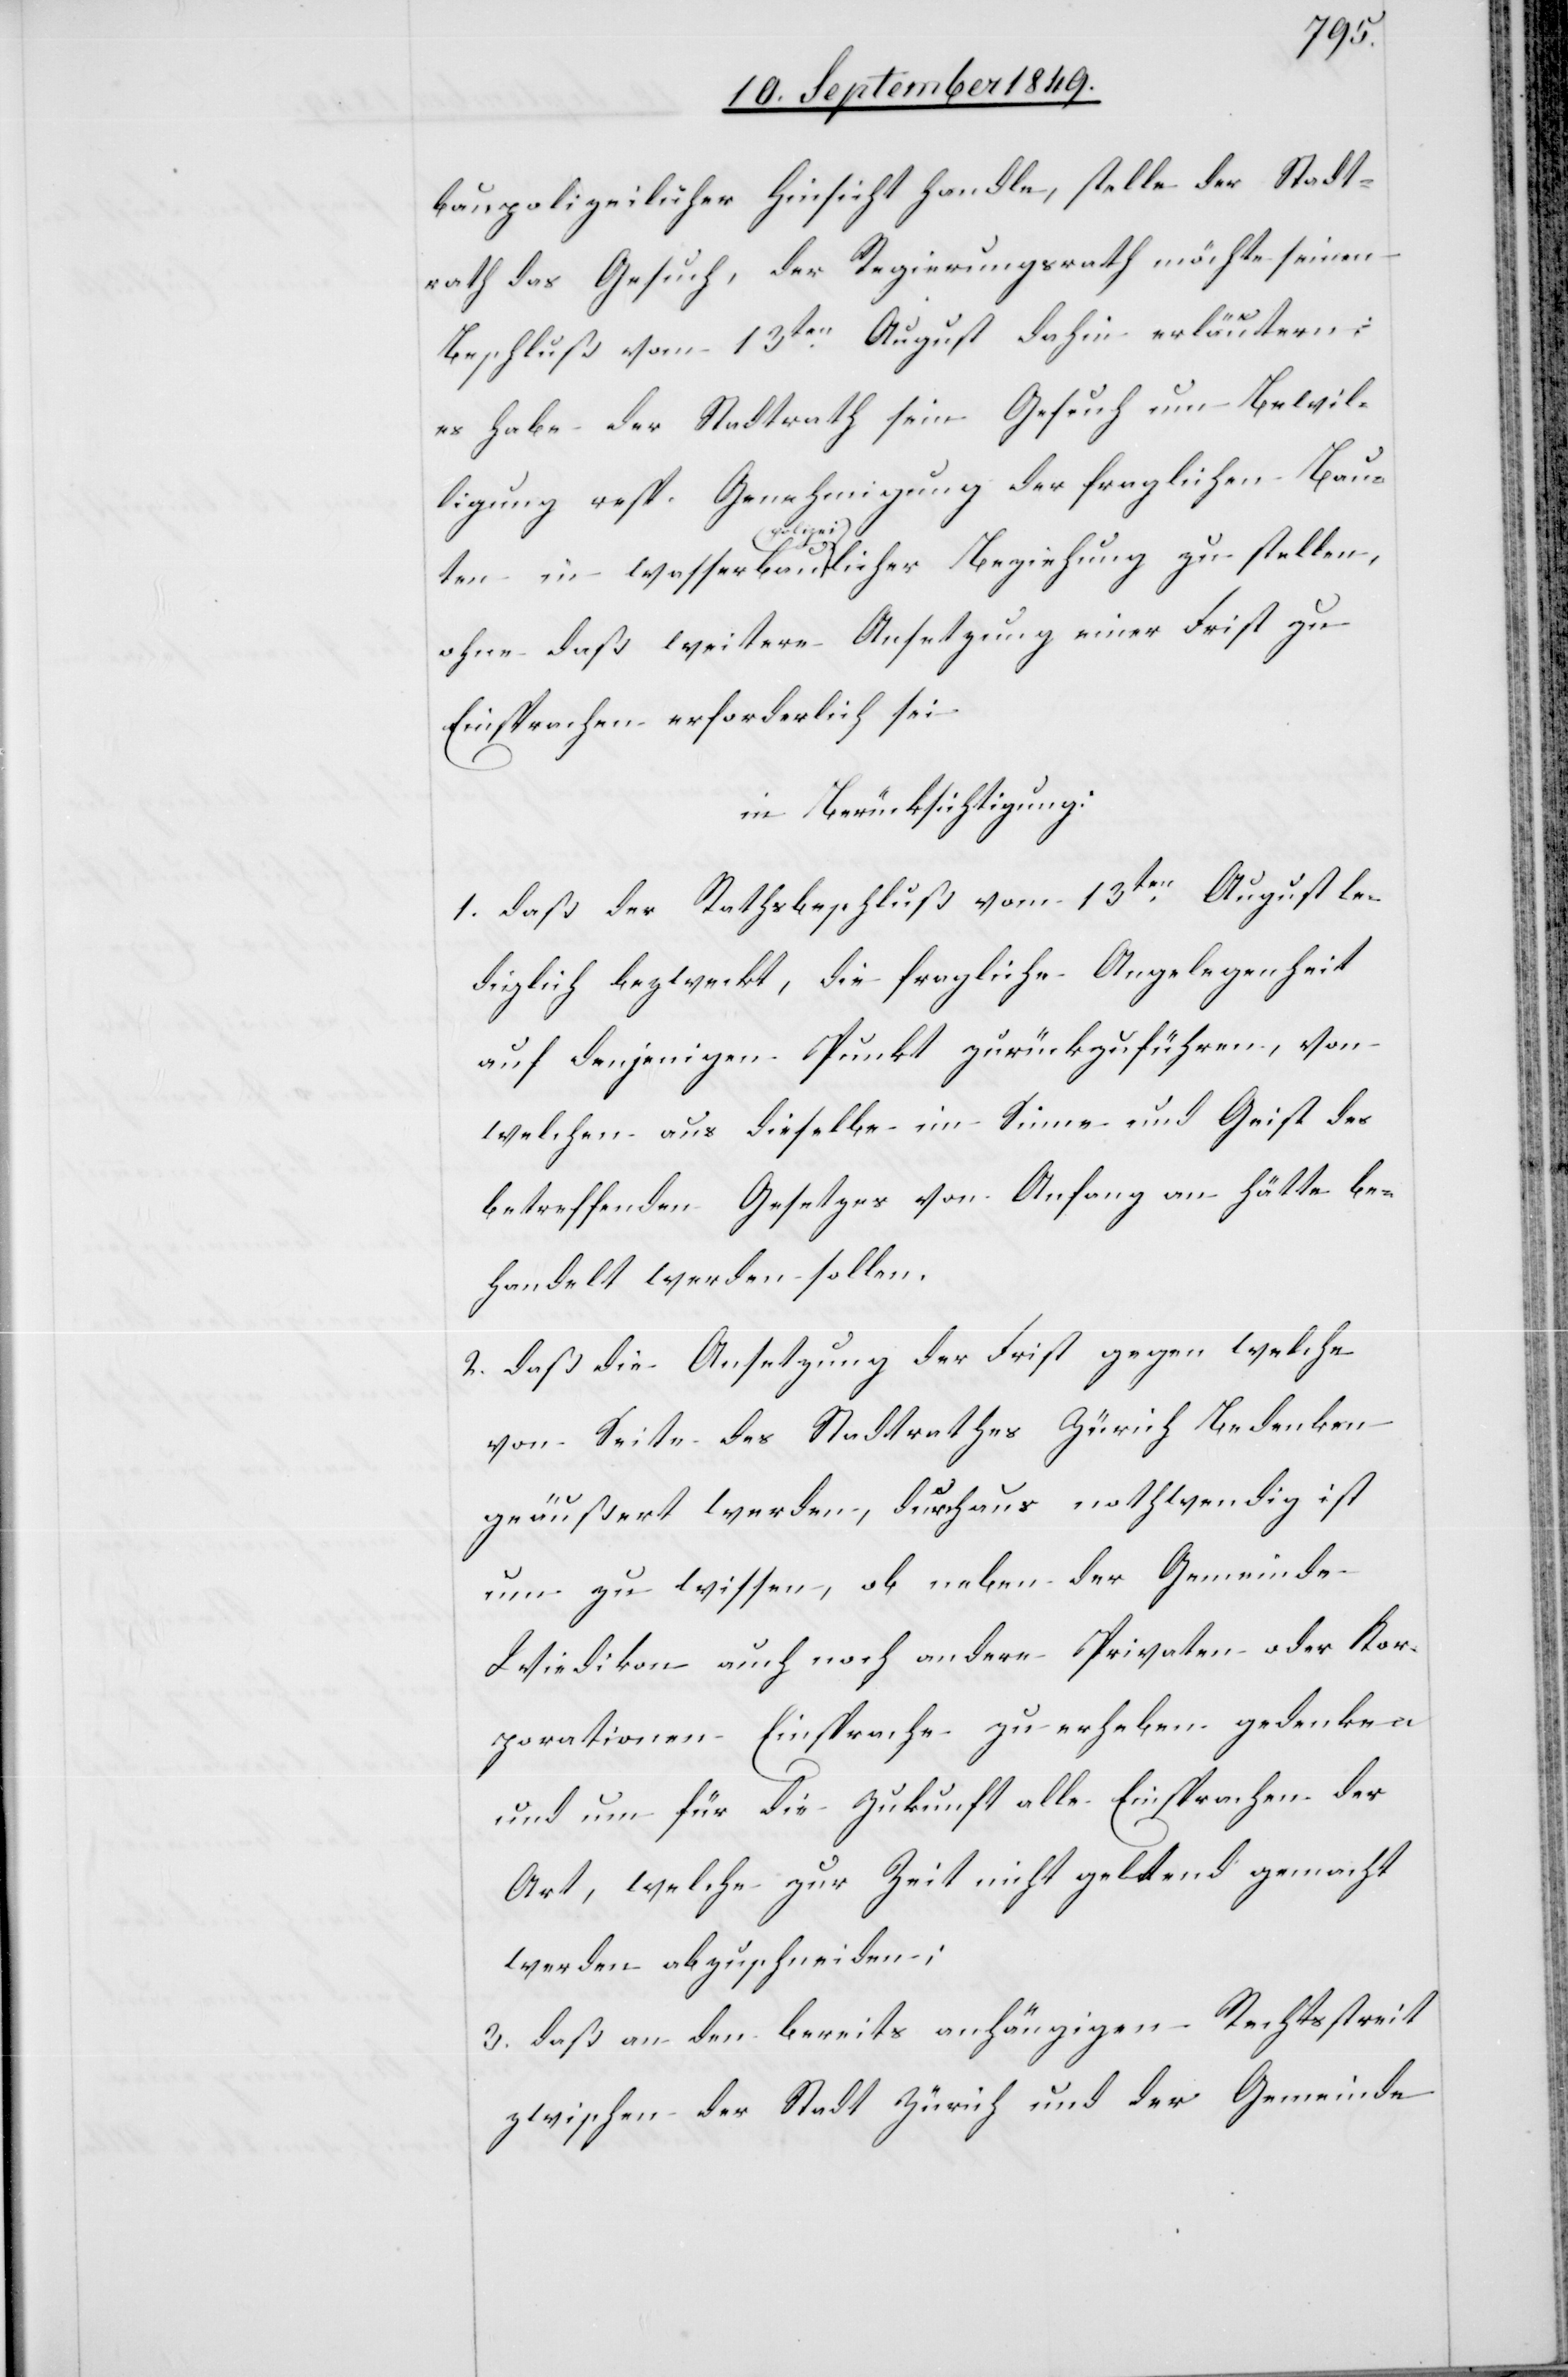
baupolizeilicher Hinsicht handle, stelle der Stadt¬
rath das Gesuch, der Regierungsrath möchte seinem
Beschluß vom 13ten August dahin erläutern:
es habe der Stadtrath sein Gesuch um Bewil¬
ligung resp. Genehmigung der fraglichen Baut¬
ohne daß weitere Ansetzung einer Frist zu
Einsprachen erforderlich sei
in Berücksichtigung:
1. daß der Rathsbeschluß vom 13ten August le¬
diglich bezweckt, die fraglichen Angelegenheit
auf denjenigen Punkt zurückzuführen, von
welchen aus dieselbe im Sinne und Geist des
betreffenden Gesetzes von Anfang an hätte be¬
handelt werden sollen.
2. daß die Ansetzung der Frist gegen welche
von Seite des Stadtrathes Zürich Bedenken
geäußert werden, durchaus nothwendig ist
um zu wissen, ob neben der Gemeinde
Wiedikon auch noch andere Privaten oder Kor¬
porationen Einsprache zu erheben gedenke
und um für die Zukunft alle Einsprachen der
Art, welche zur Zeit nicht geltend gemacht
werden abzuschneiden;
3. daß an den bereits anhängigen Rechtsstreit
zwischen der Stadt Zürich und der Gemeinde

in